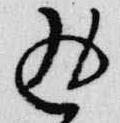
返